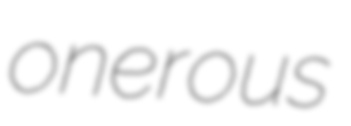
onerous